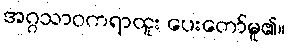
အဂ္ဂသာဝကရာထူး ပေးတော်မူ၏။